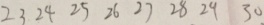
2 3 2 4 2 5 2 6 2 7 2 8 2 9 3 0 .